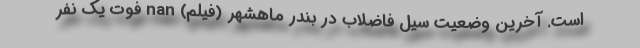
است. آخرین وضعیت سیل‌ فاضلاب در بندر ماهشهر (فیلم) nan فوت یک نفر